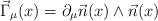
\begin{align*}\vec{\Gamma}_{\mu}(x)=\partial_{\mu}\vec{n}(x)\wedge \vec{n}(x)\end{align*}